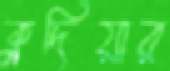
ক্লদিয়ার